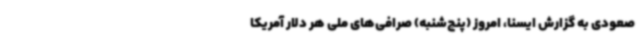
صعودی به گزارش ایسنا، امروز (پنج‌شنبه) صرافی‌های ملی هر دلار آمریکا